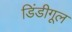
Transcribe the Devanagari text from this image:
डिंडीगूल